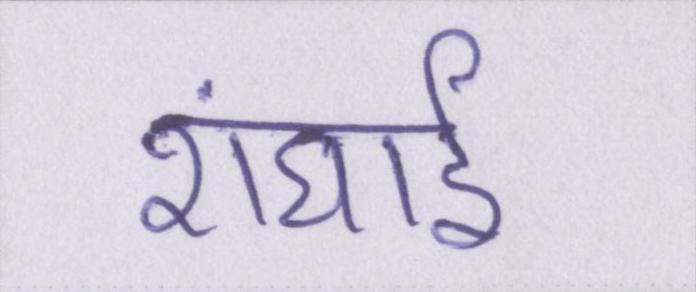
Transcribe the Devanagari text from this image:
शंघाई